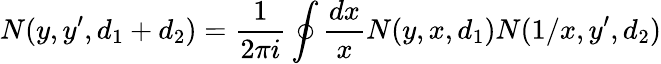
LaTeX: N(y,y^{\prime},d_{1}+d_{2})={\frac{1}{2\pi i}}\oint{\frac{dx}{x}}N(y,x,d_{1})N(1/x,y^{\prime},d_{2})